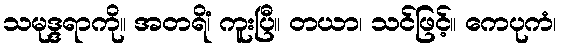
သမုဒ္ဒရာကို။ အတရိံ၊ ကူးပြီ။ တယာ၊ သင်ဖြင့်။ ကေပုကံ၊